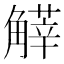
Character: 𧤱